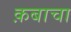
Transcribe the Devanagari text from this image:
क़बाचा